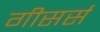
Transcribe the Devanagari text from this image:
गीसर्स